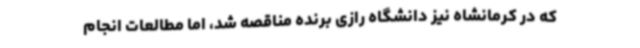
که در کرمانشاه نیز دانشگاه رازی برنده مناقصه شد، اما مطالعات انجام